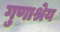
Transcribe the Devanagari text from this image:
गुणाश्रेय